Epidemic dropsy in Calcutta - Number 49
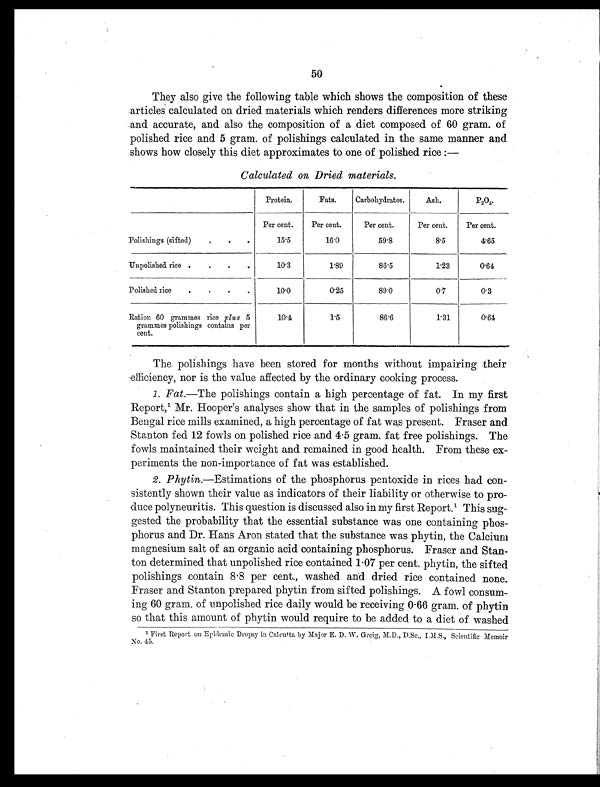
f t
50
They also give the following table which shows the composition of these
articles calculated on dried materials which renders differences more striking
and accurate, and also the composition of a diet composed of 60 gram. of
polished rice and 5 gram. of polishings calculated in the same manner and
shows how closely this diet approximates to one of polished rice:—
Calculated on Dried materials.
Protein.
Fats.
Carbohydrates.
Ash.
P2 O 5
Polishings (sifted)
,
.
.
Per cent.
15.5
Per cent.
16.0
Per cent.
59.8
Per cent.
8.5
Per cent.
4. 65
Unpolished rice .
.
.
,
10.3
1.89
86.5
1.23
0.64
Polished rice
.
.
.
.
10.0
0.25
89.0
0.7
0.3
Ration 60 grammes rice plus 5
grammes polishings contains per
cent.
10.4
1.5
86.6
1.31
0.64
The polishings have been stored for months without impairing their
, efficiency, nor is the value affected by the ordinary cooking process.
1 Fat .—The polishings contain a high percentage of fat. In my first
Report,1 Mr. Hooper's analyses show that in the samples of polishings from
Bengal rice mills examined, a high percentage of fat was present. Fraser and
Stanton fed 12 fowls on polished rice and 4.5 gram. fat free polishings. The
fowls maintained their weight and remained in good health. From these ex
-periments the non-importance of fat was established.
2. Phytin .—Estimations of the phosphorus pentoxide in rices had con
-sistently shown their value as indicators of their liability or otherwise to pro-
duce polyneuritis. This question is discussed also in my first Report.' This sug-
gested the probability that the essential substance was one containing phos-
phorus and Dr. Hans Aron stated that the substance was phytin, the Calcium
magnesium salt of an organic acid containing phosphorus. Fraser and Stan
-ton determined that unpolished rice contained F07 per cent. phytin, the sifted
polishings contain 8.8 per cent., washed and dried rice contained none.
Fraser and Stanton prepared phytin from sifted polishings. A fowl consum-
ing 60 gram. of unpolished rice daily would be receiving 0.66 gram. of phytin
so that this amount of phytin would require to be added to a diet of washed
1
First Report on Epirlemie Dropsy in Calcutta by Major E. D. W. Greig, M.D., D.Sc., I.M.S., Scientific Memoir
No. 45.